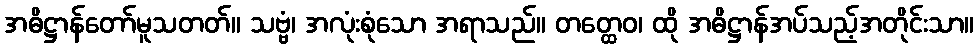
အဓိဋ္ဌာန်တော်မူသတတ်။ သဗ္ဗံ၊ အလုံးစုံသော အရာသည်။ တတ္ထေဝ၊ ထို အဓိဋ္ဌာန်အပ်သည့်အတိုင်းသာ။